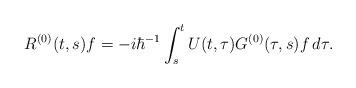
LaTeX: \begin{align*}R^{(0)}(t,s)f=-i\hbar^{-1}\int_s^t U(t,\tau)G^{(0)}(\tau,s)f\,d\tau.\end{align*}